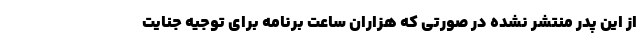
از این پدر منتشر نشده در صورتی که هزاران ساعت برنامه برای توجیه جنایت